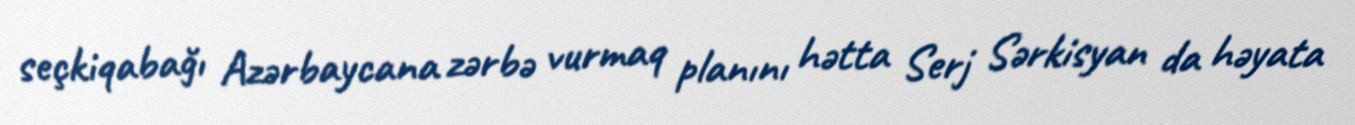
seçkiqabağı Azərbaycana zərbə vurmaq planını hətta Serj Sərkisyan da həyata